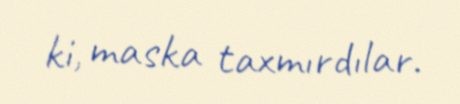
ki, maska taxmırdılar.